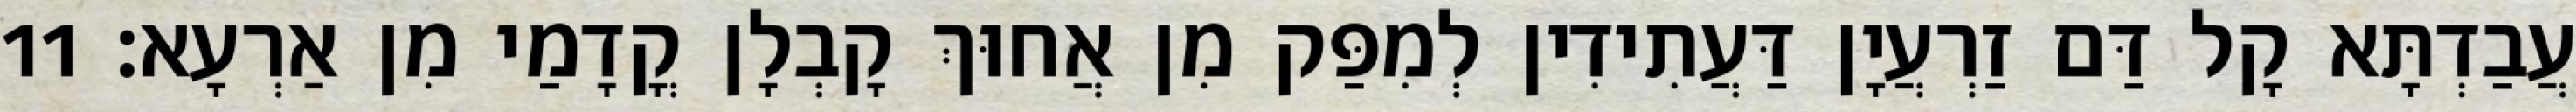
עֲבַדְתָּא קָל דַּם זַרְעֲיָן דַּעֲתִידִין לְמִפַּק מִן אֲחוּךְ קָבְלָן קֳדָמַי מִן אַרְעָא׃ 11